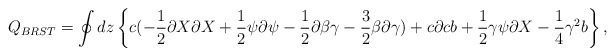
\begin{align*}Q_{BRST}=\oint dz \left\{c( -{1\over 2} \partial X\partial X +{1\over 2}\psi\partial \psi -{1\over 2} \partial \beta \gamma -{3\over 2} \beta \partial\gamma)+c\partial c b+ {1\over 2} \gamma \psi\partial X -{1\over 4} \gamma^2b\right\},\end{align*}